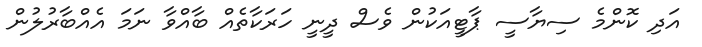
އަދި ކޮންމެ ސިޔާސީ ޕާޓީއަކުން ވެސް ދީނީ ހަރަކާތެއް ބާއްވާ ނަމަ އެއްބާރުލުން